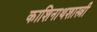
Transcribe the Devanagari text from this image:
काशिनाथशास्त्री